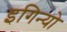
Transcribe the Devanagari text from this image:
इगिन्यो